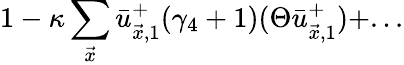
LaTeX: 1-\kappa\sum_{\vec{x}}\bar{u}_{\vec{x},1}^{+}(\gamma_{4}+1)(\Theta\bar{u}_{\vec{x},1}^{+})+...